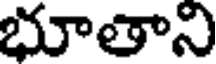
భూతాని